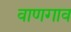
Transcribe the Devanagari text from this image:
वाणगाव